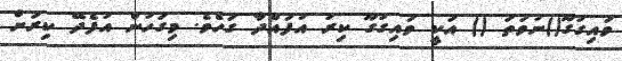
ވައިގުގޫ()ނުވަތަ () އަކީ ވައިގުގޫ ކިރު އުފައްދާ ގަހެވެ. މިގަހުން އުފެދޭ ކިރަށް